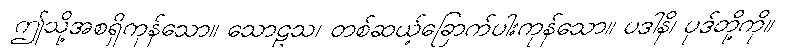
ဤသို့အစရှိကုန်သော။ သောဠသ၊ တစ်ဆယ့်ခြောက်ပါးကုန်သော။ ပဒါနိ၊ ပုဒ်တို့ကို။